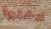
ادخلوا